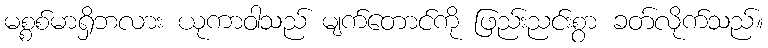
မစ္စစ်မာရှိဘလား ယုကာဝါသည် မျက်တောင်ကို ဖြည်းညင်းစွာ ခတ်လိုက်သည်။